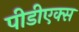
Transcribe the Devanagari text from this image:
पीडीएक्स